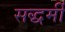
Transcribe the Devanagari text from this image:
सद्धर्मी